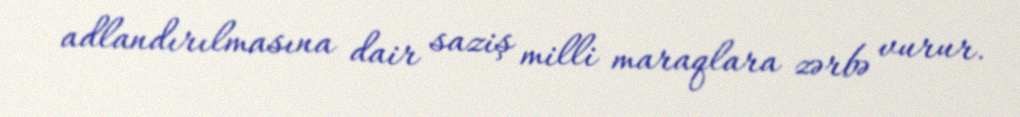
adlandırılmasına dair saziş milli maraqlara zərbə vurur.